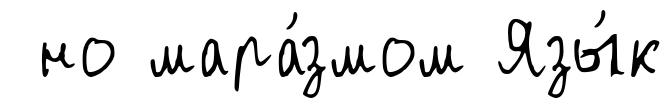
но мара́змом Язы́к